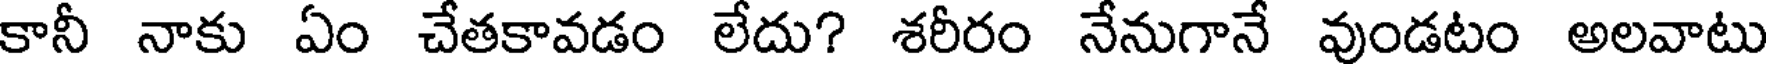
కానీ నాకు ఏం చేతకావడం లేదు? శరీరం నేనుగానే వుండటం అలవాటు